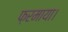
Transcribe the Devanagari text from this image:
फ़रमाया।